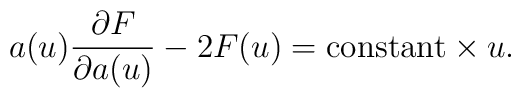
a(u)\frac{\partial F}{\partial a(u)} -2 F(u) = \mbox{constant}\times u.